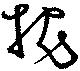
枕